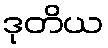
ဒုတိယ